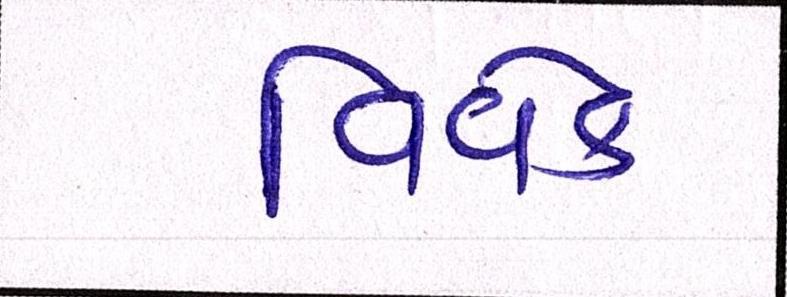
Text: વિવેક